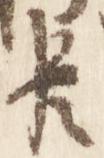
臣